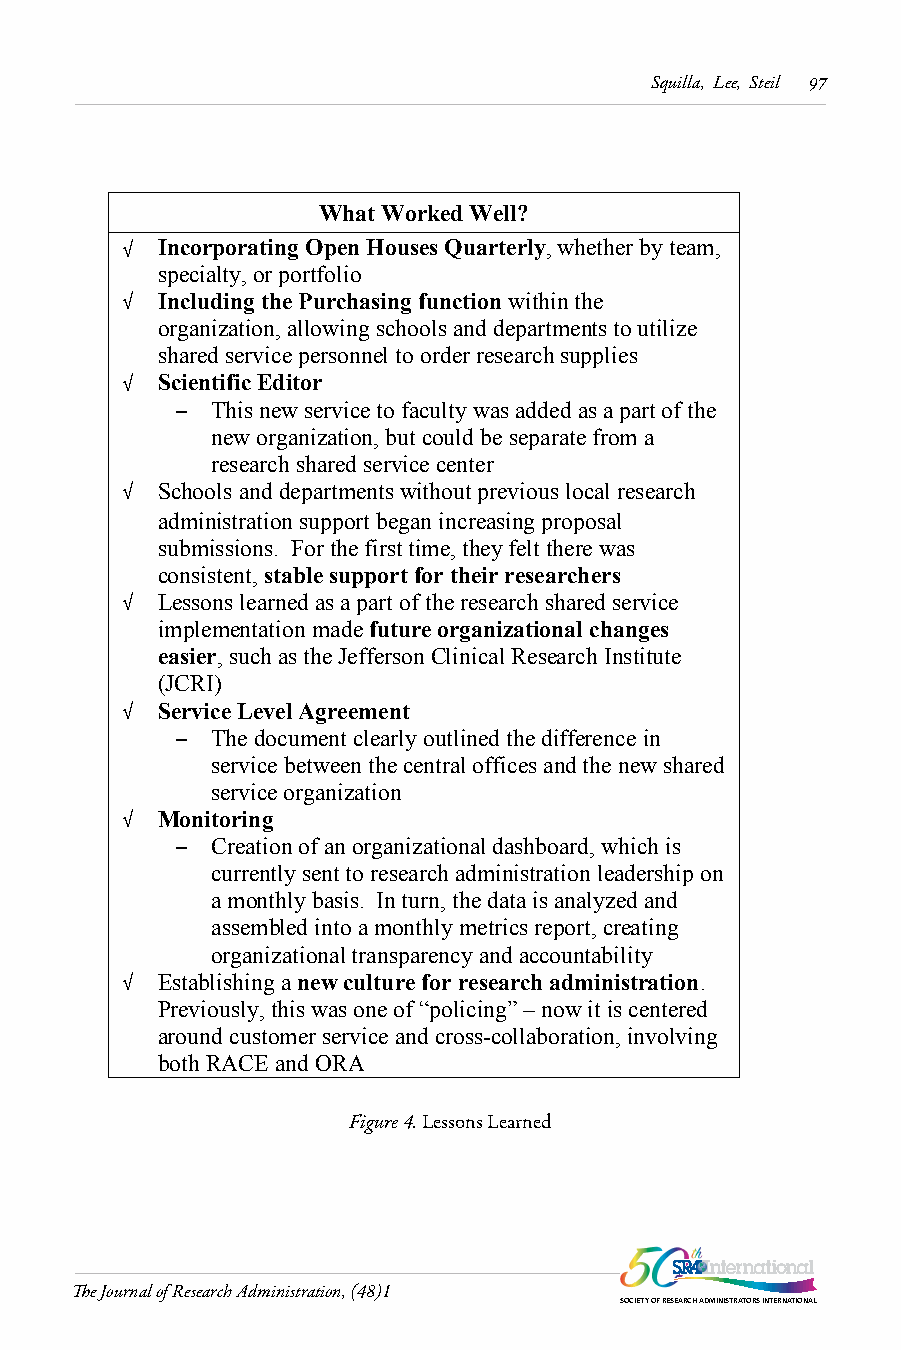
Squilla, Lee, Steil 97
 What Worked Well?
 √ Incorporating Open Houses Quarterly, whether by team,
 specialty, or portfolio
 √ Including the Purchasing function within the
 organization, allowing schools and departments to utilize
 shared service personnel to order research supplies
 √ Scientific Editor
 – This new service to faculty was added as a part of the
 new organization, but could be separate from a
 research shared service center
 √ Schools and departments without previous local research
 administration support began increasing proposal
 submissions. For the first time, they felt there was
 consistent,stable support for their researchers
 √ Lessons learned as a part of the research shared service
 implementation made future organizational changes
 easier, such as the Jefferson Clinical Research Institute
 (JCRI)
 √ Service Level Agreement
 – The document clearly outlined the difference in
 service between the central offices and the new shared
 service organization
 √ Monitoring
 – Creation of an organizational dashboard, which is
 currently sent to research administration leadership on
 a monthly basis. In turn, the data is analyzed and
 assembled into a monthly metrics report, creating
 organizational transparency and accountability
 √ Establishing a new culture for research administration.
 Previously, this was one of “policing” – now it is centered
 around customer service and cross-collaboration, involving
 both RACE and ORA
 Figure 4. Lessons Learned
 The Journal of Research Administration, (48)1
 SOCIETY OF RESEARCH ADMINISTRATORS INTERNATIONAL